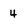
Character: 4